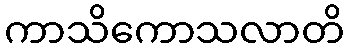
ကာသိကောသလာတိ